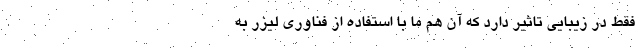
فقط در زیبایی تاثیر دارد که آن هم ما با استفاده از فناوری لیزر به